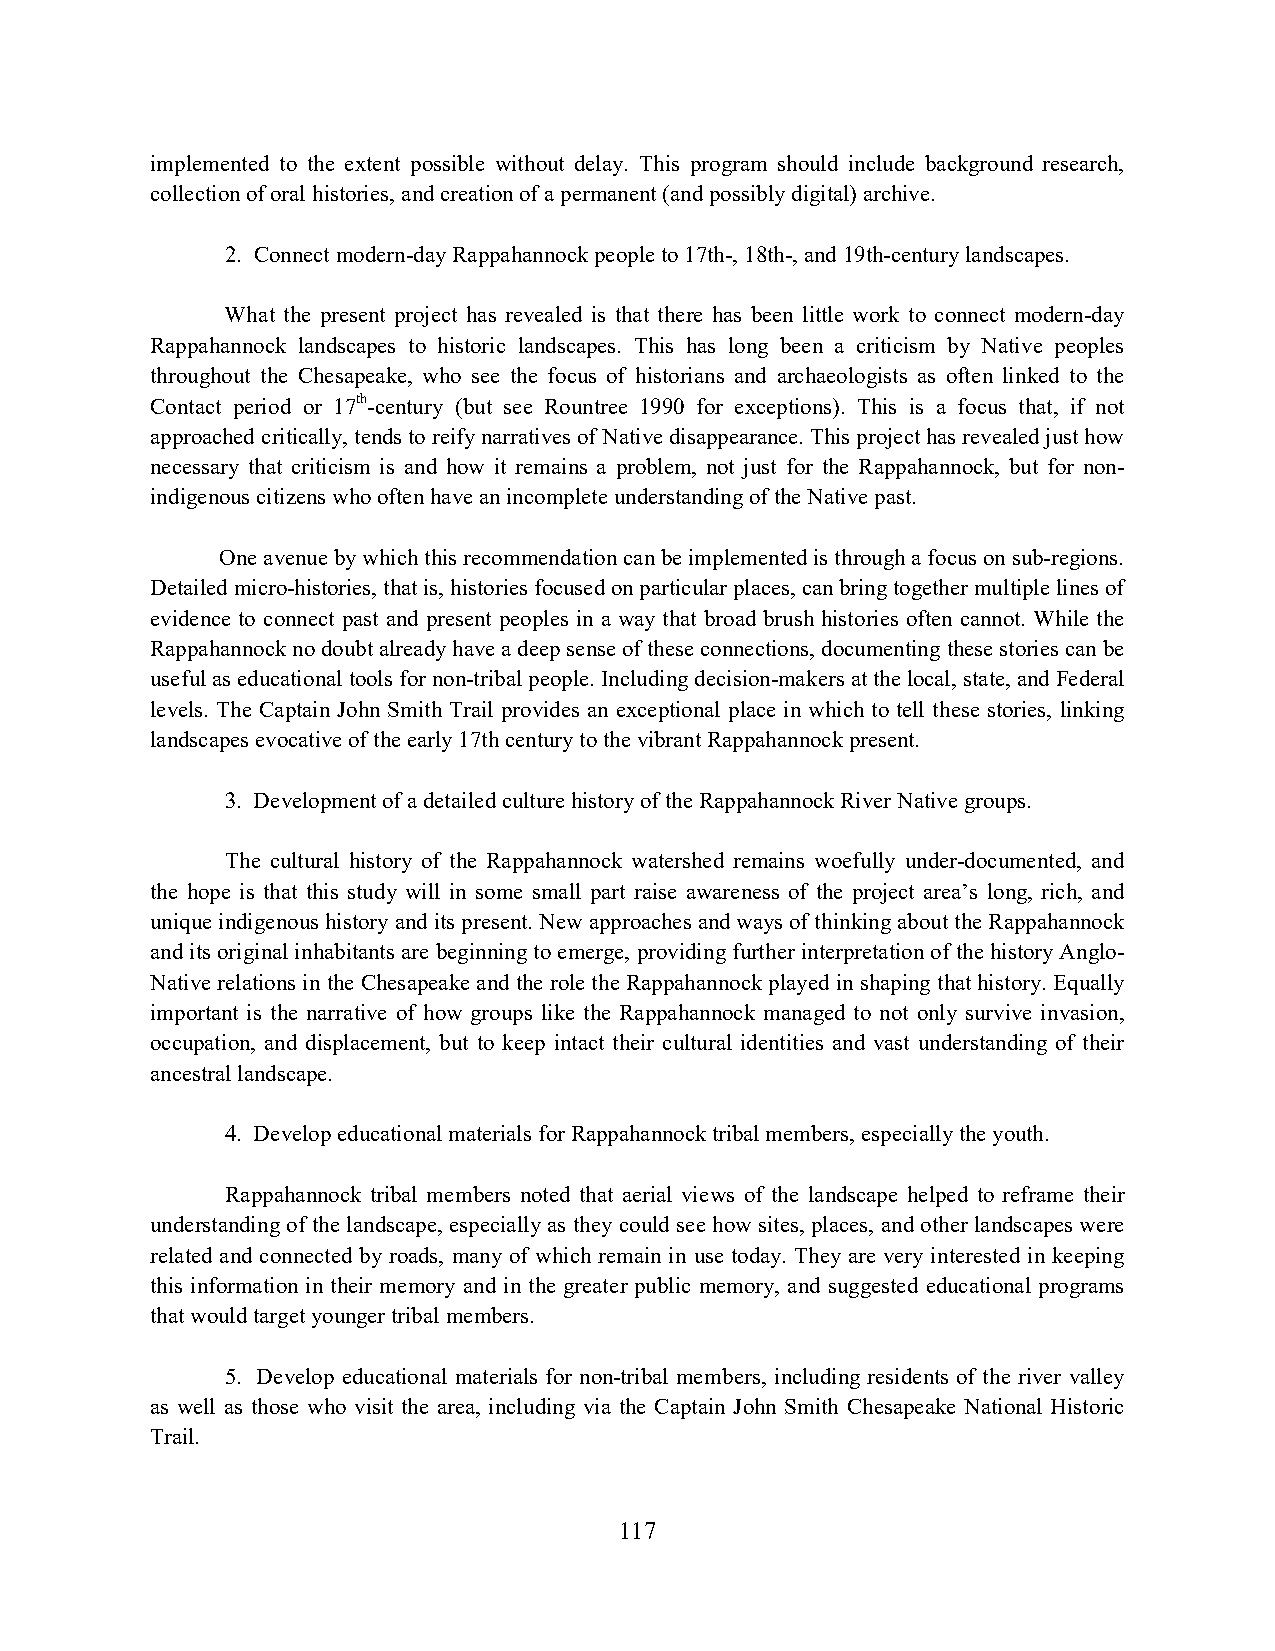
implemented to the extent possible without delay. This program should include background research,
 collection of oral histories, and creation of a permanent (and possibly digital) archive.
 2. Connect modern-day Rappahannock people to 17th-, 18th-, and 19th-century landscapes.
 What the present project has revealed is that there has been little work to connect modern-day
 Rappahannock landscapes to historic landscapes. This has long been a criticism by Native peoples
 throughout the Chesapeake, who see the focus of historians and archaeologists as often linked to the
 Contact period or 17th-century (but see Rountree 1990 for exceptions). This is a focus that, if not
 approached critically, tends to reify narratives of Native disappearance. This project has revealed just how
 necessary that criticism is and how it remains a problem, not just for the Rappahannock, but for non-
 indigenous citizens who often have an incomplete understanding of the Native past.
 One avenue by which this recommendation can be implemented is through a focus on sub-regions.
 Detailed micro-histories, that is, histories focused on particular places, can bring together multiple lines of
 evidence to connect past and present peoples in a way that broad brush histories often cannot. While the
 Rappahannock no doubt already have a deep sense of these connections, documenting these stories can be
 useful as educational tools for non-tribal people. Including decision-makers at the local, state, and Federal
 levels. The Captain John Smith Trail provides an exceptional place in which to tell these stories, linking
 landscapes evocative of the early 17th century to the vibrant Rappahannock present.
 3. Development of a detailed culture history of the Rappahannock River Native groups.
 The cultural history of the Rappahannock watershed remains woefully under-documented, and
 the hope is that this study will in some small part raise awareness of the project area’s long, rich, and
 unique indigenous history and its present. New approaches and ways of thinking about the Rappahannock
 and its original inhabitants are beginning to emerge, providing further interpretation of the history Anglo-
 Native relations in the Chesapeake and the role the Rappahannock played in shaping that history. Equally
 important is the narrative of how groups like the Rappahannock managed to not only survive invasion,
 occupation, and displacement, but to keep intact their cultural identities and vast understanding of their
 ancestral landscape.
 4. Develop educational materials for Rappahannock tribal members, especially the youth.
 Rappahannock tribal members noted that aerial views of the landscape helped to reframe their
 understanding of the landscape, especially as they could see how sites, places, and other landscapes were
 related and connected by roads, many of which remain in use today. They are very interested in keeping
 this information in their memory and in the greater public memory, and suggested educational programs
 that would target younger tribal members.
 5. Develop educational materials for non-tribal members, including residents of the river valley
 as well as those who visit the area, including via the Captain John Smith Chesapeake National Historic
 Trail.
 117